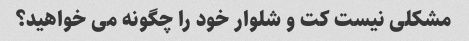
مشکلی نیست کت و شلوار خود را چگونه می خواهید؟